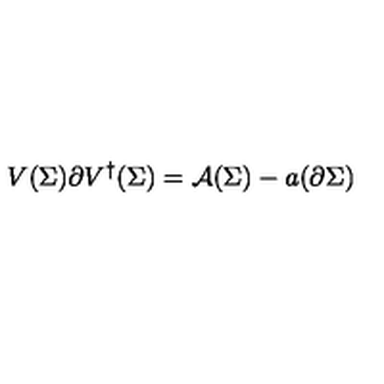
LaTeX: V ( \Sigma ) \partial V ^ { \dagger } ( \Sigma ) = { \cal A } ( \Sigma ) - a ( \partial \Sigma )